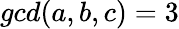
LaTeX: gcd(a,b,c)=3